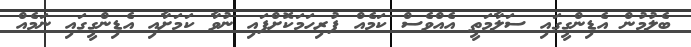
ބެލުމުން އެޑިންގީގައި ސަލާމަތީ އެއްވެސް ކަމެއް ފުރިހަމަކޮށްފައި ނުވާ ކަމަށާއި އެޑިންގީގައި ނަމެއް